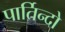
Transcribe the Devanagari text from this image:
पार्तिन्दो